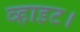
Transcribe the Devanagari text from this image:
व्हाइट।